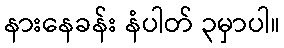
နားနေခန်း နံပါတ် ၃မှာပါ။